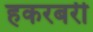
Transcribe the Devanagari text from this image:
हकरबरी